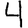
Digit: 4